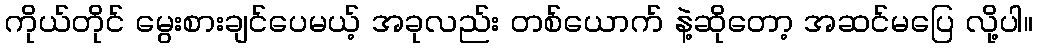
ကိုယ်တိုင် မွေးစားချင်ပေမယ့် အခုလည်း တစ်ယောက် နဲ့ဆိုတော့ အဆင်မပြေ လို့ပါ။